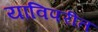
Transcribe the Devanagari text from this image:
याविपरीत